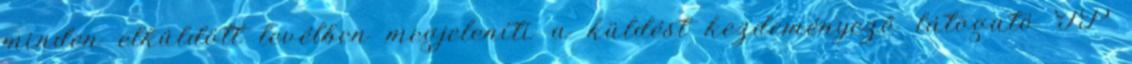
minden elküldött levélben megjeleníti a küldést kezdeményező látogató IP